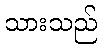
သားသည်